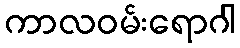
ကာလဝမ်းရောဂါ